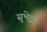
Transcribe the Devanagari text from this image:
सुभेद्रा